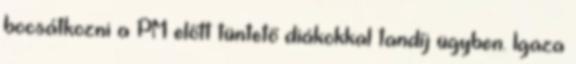
bocsátkozni a PM előtt tüntető diákokkal tandíj ügyben. Igaza